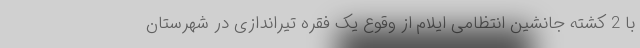
با 2 کشته جانشین انتظامی ایلام از وقوع یک فقره تیراندازی در شهرستان